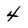
Character: 4